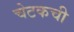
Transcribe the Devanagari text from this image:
चेटकची